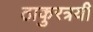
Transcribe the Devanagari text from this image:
ठाकुरत्रयी